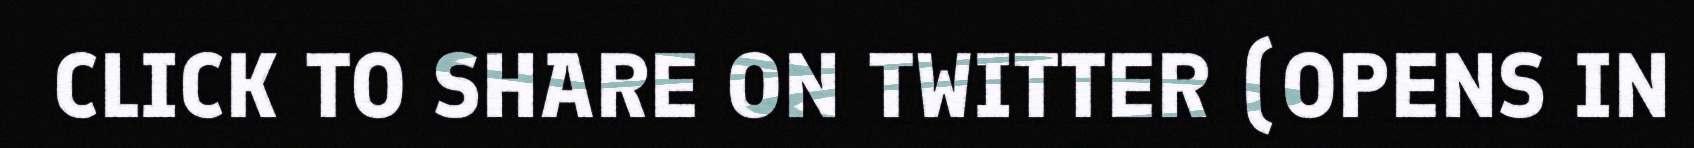
CLICK TO SHARE ON TWITTER (OPENS IN